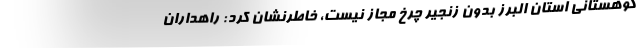
کوهستانی استان البرز بدون زنجیر چرخ مجاز نیست، خاطرنشان کرد: راهداران